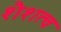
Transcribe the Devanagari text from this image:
शैशत्व